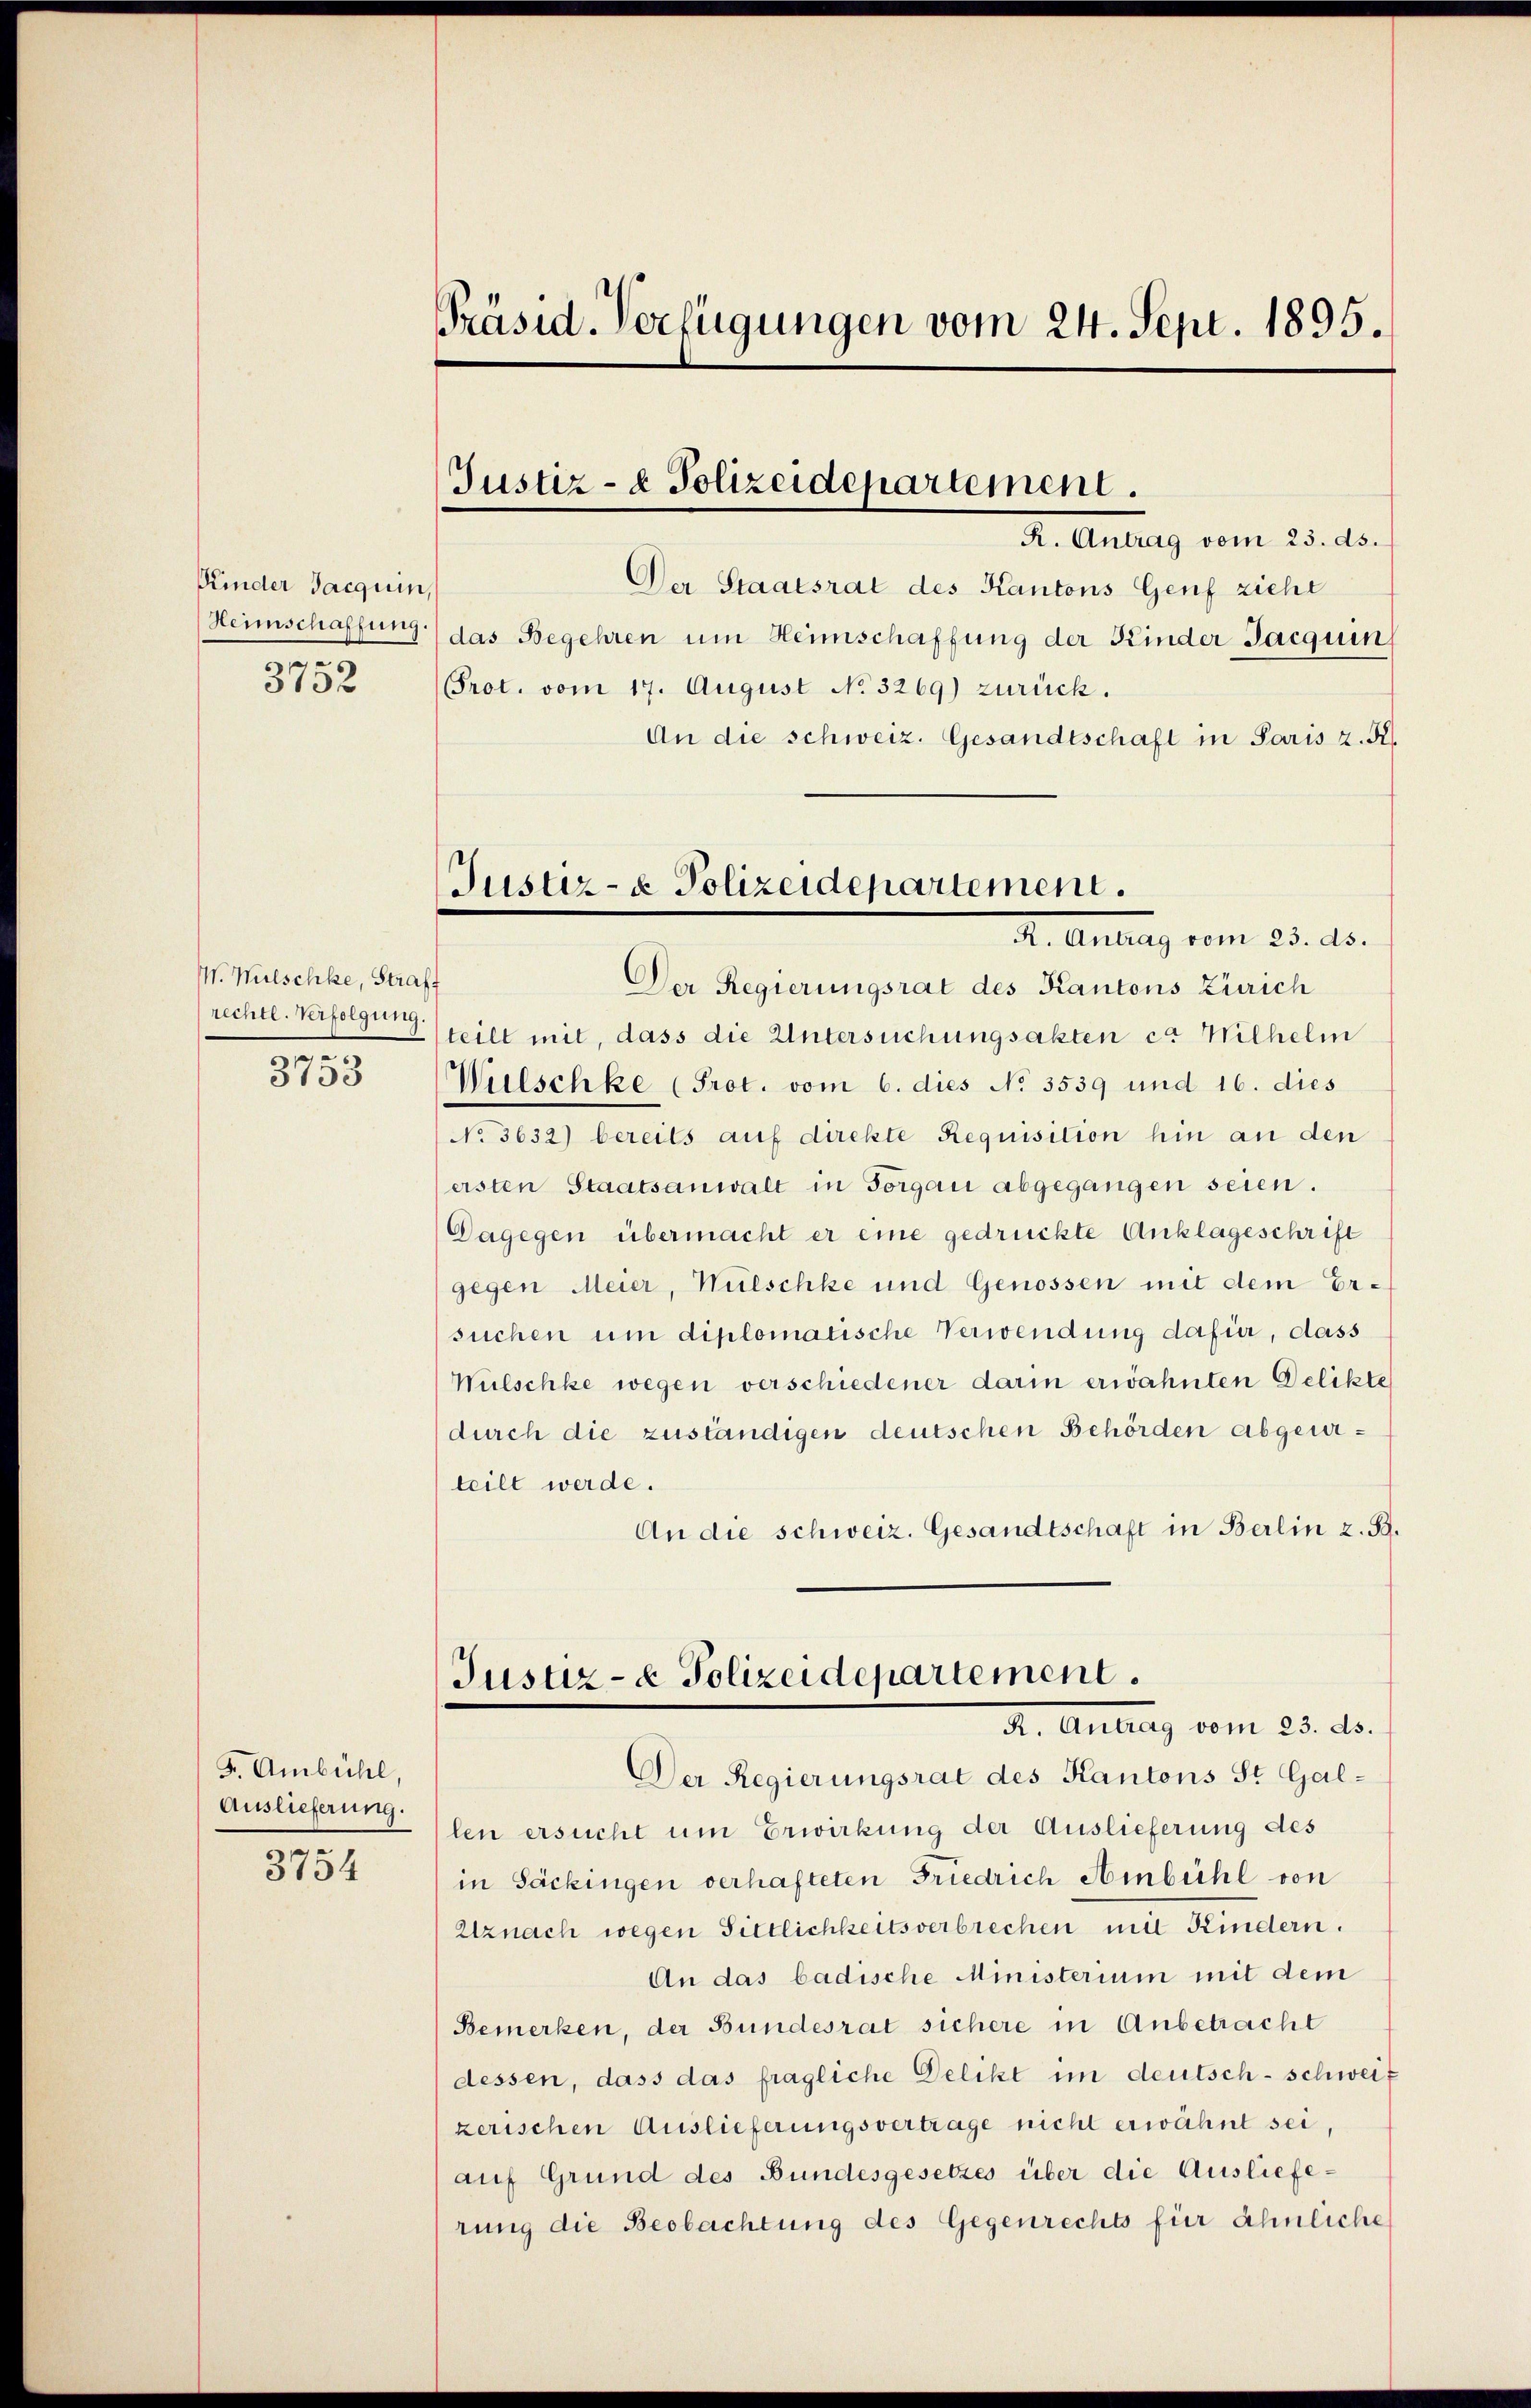
Kinder Jacquin,
Heimschaffung.
.
3732

W. Wulschke, Straft
rechtl. Verfolgung
n

3153

F. Ambichl,
Auslieferung.

3754

Präsid. Verfügungen vom 24. Sept. 1895.

Der Staatsrat des Kantons Genf ziehe
das Begehren um Heimschaffung der Kinder Jacquin
Prot. vom 17. August No 3269) zurück.
An die schweiz. Gesandtschaft in Paris z. R.
Der Regierungsrat des Kantons Zürich
teilt mit, dass die Untersuchungsakten ca. Wilhelm
Wülschke (Prot. vom 6. dies No 3539 und 16. dies
No 3632) bereits auf direkte Requisition hin an den
ersten Staatsanwalt in Forgan abgegangen seien.
Dagegen übermacht er eine gedrückte Anklageschrift
gegen Meier, Wulschke und Genossen mit dem Ersuchen um diplomatische Verwendung dafür, dass
Wülschke wegen verschiedener darin erwähnten Delikte
durch die zuständigen deutschen Behörden abgeurteilt werde.
An die schweiz. Gesandtschaft in Berlin z. B.
Justiz- & Polizeidepartement
R. Antrag vom 23. ds.
Der Regierungsrat des Kantons St. Gallen ersucht um Erwirkung der Auslieferung des
in Säckingen verhafteten Friedrich Ambühl von
Utznach wegen Sittlichkeits verbrechen mit Kindern.
An das badische Ministerium mit dem
Bemerken, der Bundesrat sichere in Anbetracht
dessen, dass das fragliche Delikt im deutsch-schweiz
zerischen Auslieferungsvertrage nicht erwähnt sei,
auf Grund des Bundesgesetzes über die Auslieferung die Beobachtung des Gegenrechts für ähnliche

Justiz- & Polizeidepartement.
R. Antrag vom 23. ds.

Justiz- & Polizeidepartement.
R. Antrag vom 23. ds.